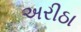
અરીઠા